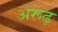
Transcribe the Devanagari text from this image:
अरूढ़